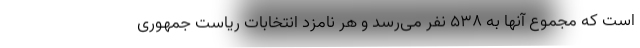
است که مجموع آنها به 538 نفر می‌رسد و هر نامزد انتخابات ریاست جمهوری